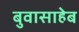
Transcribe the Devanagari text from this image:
बुवासाहेब